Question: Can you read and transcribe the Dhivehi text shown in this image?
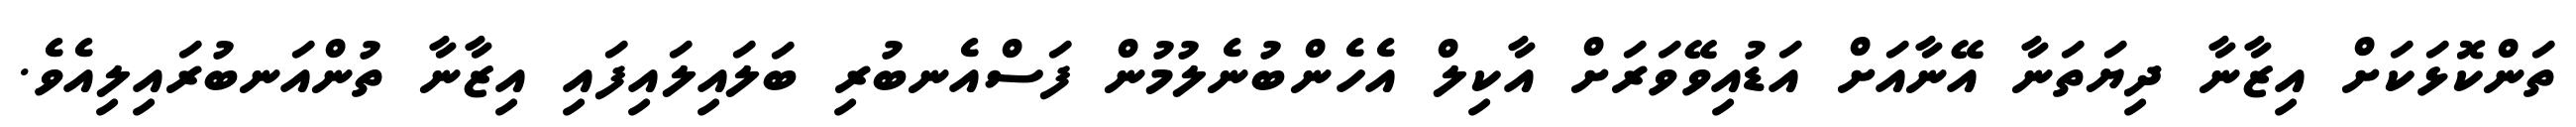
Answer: ތަންކޮޅަކަށް އިޒާނާ ދިޔަތަނާ އޭނާއަށް އަޑުއިވޭވަރަށް އާކިލް އެހެންބުނެލުމުން ފަސްއެނބުރި ބަލައިލައިފައި އިޒާނާ ތުންއަނބުރައިލިއެވެ.